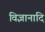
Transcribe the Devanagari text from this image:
विज्ञानादि